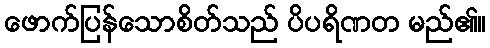
ဖောက်ပြန်သောစိတ်သည် ပိပရိဏတ မည်၏။